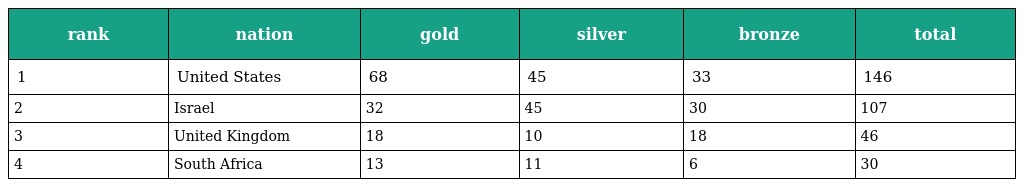
| rank | nation | gold | silver | bronze | total |
 | --- | --- | --- | --- | --- | --- |
 | 1 | United States | 68 | 45 | 33 | 146 |
 | 2 | Israel | 32 | 45 | 30 | 107 |
 | 3 | United Kingdom | 18 | 10 | 18 | 46 |
 | 4 | South Africa | 13 | 11 | 6 | 30 |